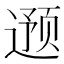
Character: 𮷦